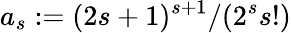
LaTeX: a_{s}:=(2s+1)^{s+1}/(2^{s}s!)